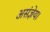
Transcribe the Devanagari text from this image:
असंज्ञेय।